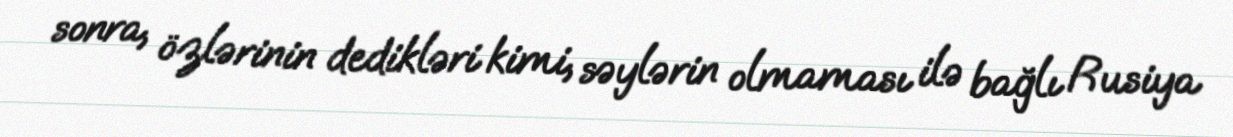
sonra, özlərinin dedikləri kimi, səylərin olmaması ilə bağlı Rusiya